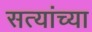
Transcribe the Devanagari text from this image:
सत्यांच्या